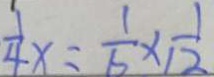
\frac { 1 } { 4 } x = \frac { 1 } { 6 } \times \frac { 1 } { 1 2 }